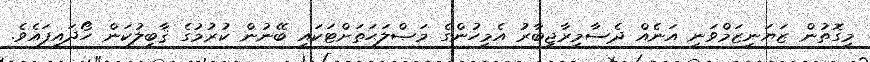
މިގޮތުން ޒަޔަނިޒަމްވަނީ އަނެއް ދެސާމިރާޖީބާރު އެމީހުންގެ މަޞްލަޙަތަށްޓަކައި ބޭނުން ކުރުމުގެ ޤާބިލުކަން ހޯދައިފައެވެ.